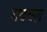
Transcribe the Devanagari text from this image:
गदवल